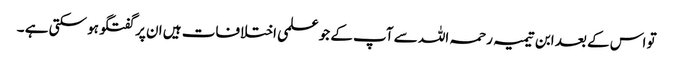
تو اس کے بعد ابن تیمیہ رحمہ اللہ سے آپ کے جو علمی اختلافات ہیں ان پر گفتگو ہو سکتی ہے ۔